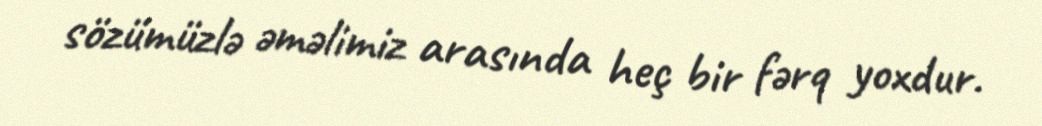
sözümüzlə əməlimiz arasında heç bir fərq yoxdur.